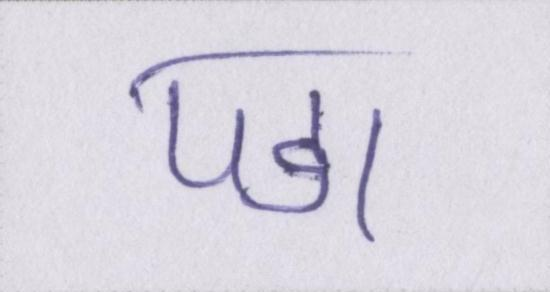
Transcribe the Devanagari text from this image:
पडा